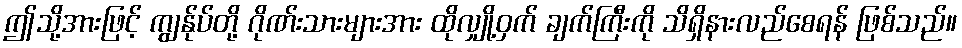
ဤသို့အားဖြင့် ကျွန်ုပ်တို့ ဂိုဏ်းသားများအား ထိုလျှို့ဝှက် ချက်ကြီးကို သိရှိနားလည်စေရန် ဖြစ်သည်။